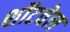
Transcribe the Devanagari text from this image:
शॉटवेल